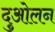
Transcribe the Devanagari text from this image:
दुओलन